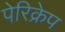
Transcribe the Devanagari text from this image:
पेरिक्रेप